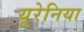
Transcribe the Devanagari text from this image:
यूरेनिया